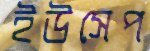
ইউসেপ